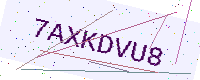
Text: 7AXKDVU8